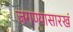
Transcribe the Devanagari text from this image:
जगण्यासारखं